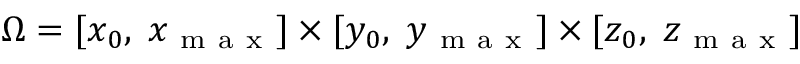
\Omega = [ x _ { 0 } , \; x _ { \mathrm { ~ m ~ a ~ x ~ } } ] \times [ y _ { 0 } , \; y _ { \mathrm { ~ m ~ a ~ x ~ } } ] \times [ z _ { 0 } , \; z _ { \mathrm { ~ m ~ a ~ x ~ } } ]